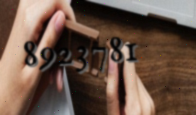
8923781